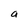
Character: a